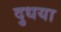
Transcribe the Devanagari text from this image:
दुधया